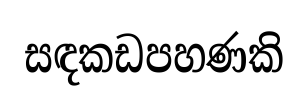
සඳකඩපහණකි